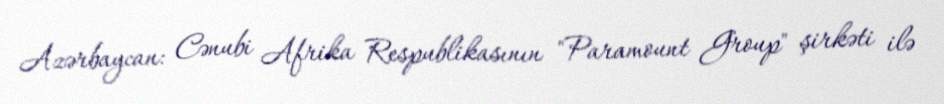
Azərbaycan: Cənubi Afrika Respublikasının "Paramount Group" şirkəti ilə